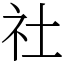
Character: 社